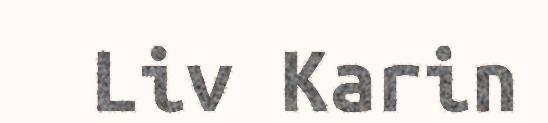
Liv Karin